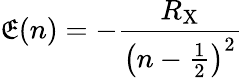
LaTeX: \mathfrak{E}(n)=-{\frac{{R_{\mathrm{{X}}}}}{{\left(n-{\frac{{1}}{{2}}}\right)^{2}}}}